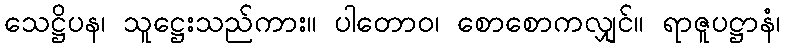
သေဋ္ဌိပန၊ သူဋ္ဌေးသည်ကား။ ပါတောဝ၊ စောစောကလျှင်။ ရာဇူပဋ္ဌာနံ၊